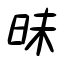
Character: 昧